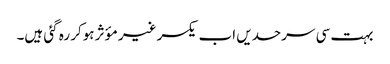
بہت سی سرحدیں اب یکسر غیر مؤثر ہوکر رہ گئی ہیں۔